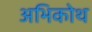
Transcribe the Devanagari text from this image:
अभिकोथ